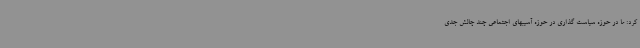
کرد: ما در حوزه سیاست گذاری در حوزه آسیبهای اجتماعی چند چالش جدی